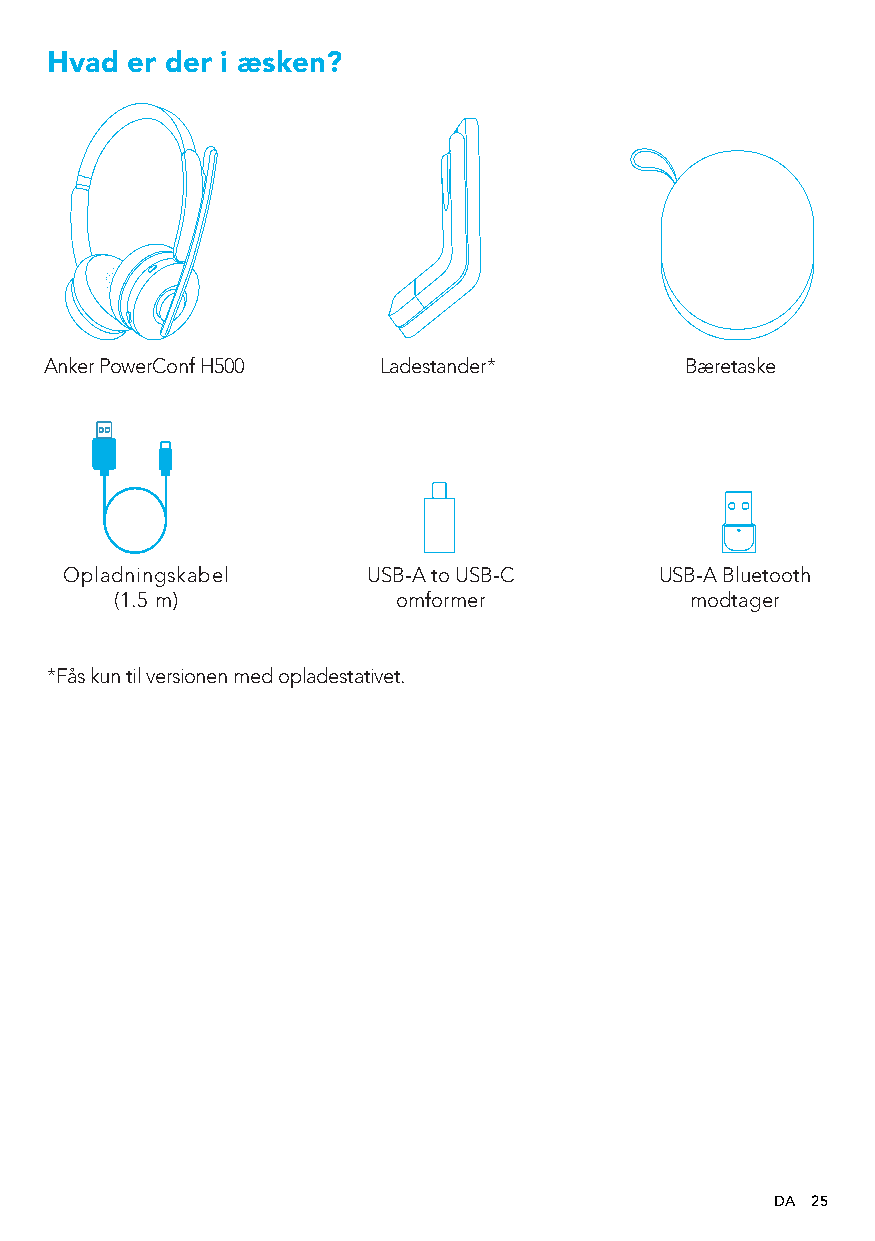
Hvad er der i æsken?
 Anker PowerConf H500  Ladestander*        Bæretaske
 Opladningskabel     USB-A to USB-C      USB-A Bluetooth
 (1.5 m)           omformer            modtager
 *Fås kun til versionen med opladestativet.
 DA 25